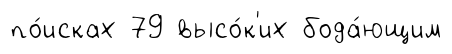
по́исках 79 высо́к'их бода́ющим